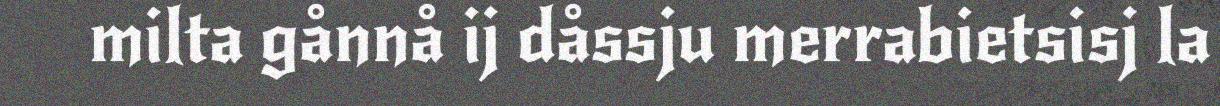
milta gånnå ij dåssju merrabietsisj la